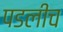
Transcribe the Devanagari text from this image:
पडलीच